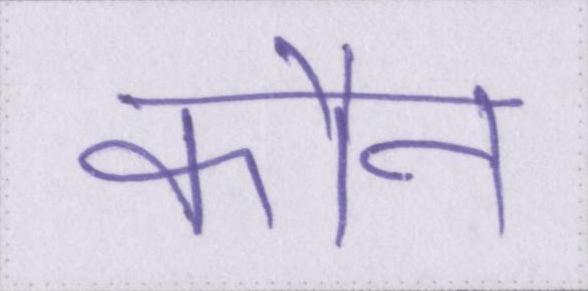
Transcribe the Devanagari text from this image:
कौन